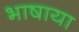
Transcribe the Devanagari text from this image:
भाषाया